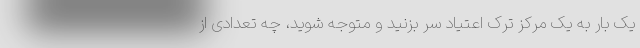
یک بار به یک مرکز ترک اعتیاد سر بزنید و متوجه شوید، چه تعدادی از